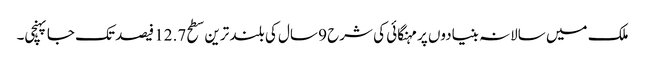
ملک میں سالانہ بنیادوں پر مہنگائی کی شرح 9 سال کی بلند ترین سطح 12.7 فیصد تک جاپہنچی۔